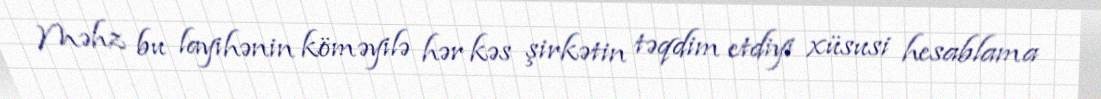
Məhz bu layihənin köməyilə hər kəs şirkətin təqdim etdiyi xüsusi hesablama